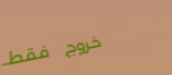
خروج فقط